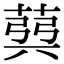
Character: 𦳪